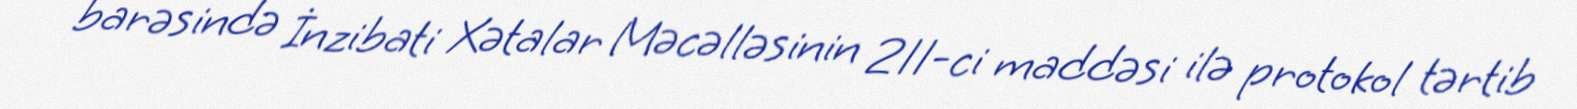
barəsində İnzibati Xətalar Məcəlləsinin 211-ci maddəsi ilə protokol tərtib